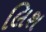
લિશ